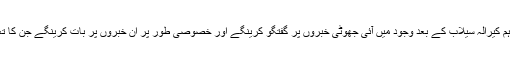
ہمارے آج کے اس فیک نیوز راؤنڈ اپ میں ہم کیرالہ سیلاب کے بعد وجود میں آئی جھوٹی خبروں پر گفتگو کرینگے اور خصوصی طور پر ان خبروں پر بات کرینگے جن کا تعلق ملک بیرون سے آنے والی مدد سے ہے۔